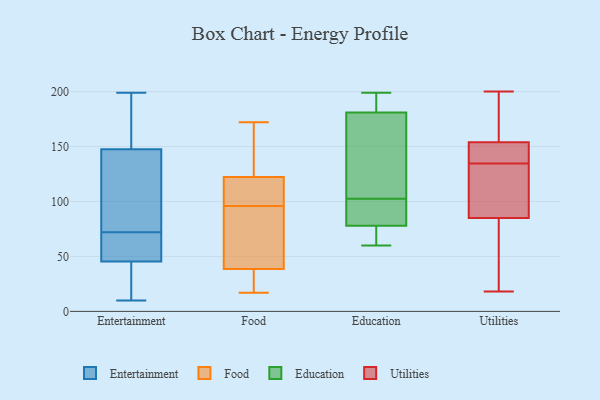
{"axis": {"x": "Active Users", "y": "Value"}, "legend": ["Education", "Entertainment", "Food", "Utilities"], "data": [{"x": "", "y": 50, "type": "Entertainment"}, {"x": "", "y": 116, "type": "Entertainment"}, {"x": "", "y": 158, "type": "Entertainment"}, {"x": "", "y": 95, "type": "Entertainment"}, {"x": "", "y": 31, "type": "Entertainment"}, {"x": "", "y": 52, "type": "Entertainment"}, {"x": "", "y": 85, "type": "Entertainment"}, {"x": "", "y": 53, "type": "Entertainment"}, {"x": "", "y": 42, "type": "Entertainment"}, {"x": "", "y": 43, "type": "Entertainment"}, {"x": "", "y": 191, "type": "Entertainment"}, {"x": "", "y": 199, "type": "Entertainment"}, {"x": "", "y": 169, "type": "Entertainment"}, {"x": "", "y": 75, "type": "Entertainment"}, {"x": "", "y": 69, "type": "Entertainment"}, {"x": "", "y": 143, "type": "Entertainment"}, {"x": "", "y": 13, "type": "Entertainment"}, {"x": "", "y": 10, "type": "Entertainment"}, {"x": "", "y": 152, "type": "Entertainment"}, {"x": "", "y": 48, "type": "Entertainment"}, {"x": "", "y": 129, "type": "Food"}, {"x": "", "y": 60, "type": "Food"}, {"x": "", "y": 62, "type": "Food"}, {"x": "", "y": 17, "type": "Food"}, {"x": "", "y": 120, "type": "Food"}, {"x": "", "y": 98, "type": "Food"}, {"x": "", "y": 24, "type": "Food"}, {"x": "", "y": 96, "type": "Food"}, {"x": "", "y": 164, "type": "Food"}, {"x": "", "y": 111, "type": "Food"}, {"x": "", "y": 39, "type": "Food"}, {"x": "", "y": 172, "type": "Food"}, {"x": "", "y": 37, "type": "Food"}, {"x": "", "y": 139, "type": "Food"}, {"x": "", "y": 33, "type": "Food"}, {"x": "", "y": 92, "type": "Food"}, {"x": "", "y": 107, "type": "Food"}, {"x": "", "y": 110, "type": "Education"}, {"x": "", "y": 189, "type": "Education"}, {"x": "", "y": 78, "type": "Education"}, {"x": "", "y": 79, "type": "Education"}, {"x": "", "y": 199, "type": "Education"}, {"x": "", "y": 60, "type": "Education"}, {"x": "", "y": 95, "type": "Education"}, {"x": "", "y": 181, "type": "Education"}, {"x": "", "y": 75, "type": "Education"}, {"x": "", "y": 133, "type": "Education"}, {"x": "", "y": 85, "type": "Utilities"}, {"x": "", "y": 18, "type": "Utilities"}, {"x": "", "y": 137, "type": "Utilities"}, {"x": "", "y": 148, "type": "Utilities"}, {"x": "", "y": 132, "type": "Utilities"}, {"x": "", "y": 180, "type": "Utilities"}, {"x": "", "y": 130, "type": "Utilities"}, {"x": "", "y": 69, "type": "Utilities"}, {"x": "", "y": 154, "type": "Utilities"}, {"x": "", "y": 200, "type": "Utilities"}]}